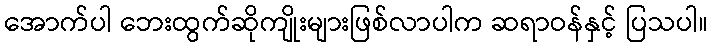
အောက်ပါ ဘေးထွက်ဆိုကျိုးများဖြစ်လာပါက ဆရာဝန်နှင့် ပြသပါ။